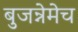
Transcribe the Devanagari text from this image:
बुजन्नेमेच